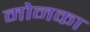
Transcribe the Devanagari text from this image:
मोनका